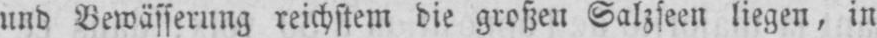
und Bewässerung reichstem die großen Salzseen liegen, in